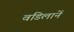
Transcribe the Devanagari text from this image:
वडिलानें